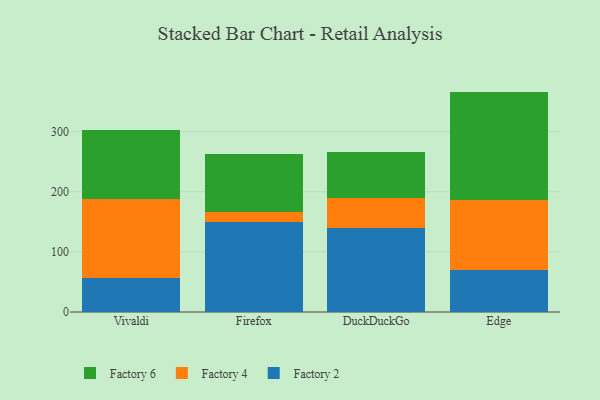
{"axis": {"x": "Browser", "y": "Temperature (°C)"}, "legend": ["Factory 2", "Factory 4", "Factory 6"], "data": [{"x": "Vivaldi", "y": 56.4, "type": "Factory 2"}, {"x": "Vivaldi", "y": 131.2, "type": "Factory 4"}, {"x": "Vivaldi", "y": 115.8, "type": "Factory 6"}, {"x": "Firefox", "y": 150.4, "type": "Factory 2"}, {"x": "Firefox", "y": 15.6, "type": "Factory 4"}, {"x": "Firefox", "y": 97.5, "type": "Factory 6"}, {"x": "DuckDuckGo", "y": 139.6, "type": "Factory 2"}, {"x": "DuckDuckGo", "y": 49.8, "type": "Factory 4"}, {"x": "DuckDuckGo", "y": 76.6, "type": "Factory 6"}, {"x": "Edge", "y": 70.1, "type": "Factory 2"}, {"x": "Edge", "y": 116.9, "type": "Factory 4"}, {"x": "Edge", "y": 179.5, "type": "Factory 6"}]}